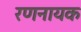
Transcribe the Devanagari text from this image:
रणनायक